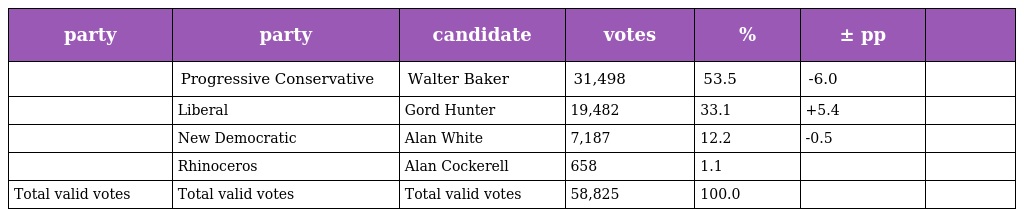
| party | party | candidate | votes | % | ± pp |  |
 | --- | --- | --- | --- | --- | --- | --- |
 |  | Progressive Conservative | Walter Baker | 31,498 | 53.5 | -6.0 |  |
 |  | Liberal | Gord Hunter | 19,482 | 33.1 | +5.4 |  |
 |  | New Democratic | Alan White | 7,187 | 12.2 | -0.5 |  |
 |  | Rhinoceros | Alan Cockerell | 658 | 1.1 |  |  |
 | Total valid votes | Total valid votes | Total valid votes | 58,825 | 100.0 |  |  |